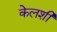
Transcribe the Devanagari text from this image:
केलशी